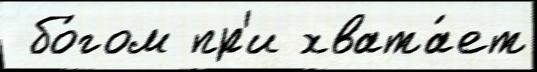
 бо́гом пр'и хвата́ет